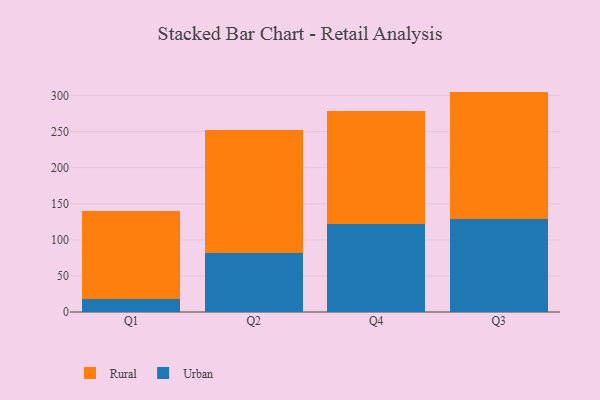
{"axis": {"x": "Quarter", "y": "Page Views"}, "legend": ["Rural", "Urban"], "data": [{"x": "Q1", "y": 18.5, "type": "Urban"}, {"x": "Q1", "y": 121.0, "type": "Rural"}, {"x": "Q2", "y": 81.6, "type": "Urban"}, {"x": "Q2", "y": 170.2, "type": "Rural"}, {"x": "Q4", "y": 121.6, "type": "Urban"}, {"x": "Q4", "y": 156.7, "type": "Rural"}, {"x": "Q3", "y": 129.4, "type": "Urban"}, {"x": "Q3", "y": 176.1, "type": "Rural"}]}